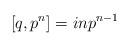
LaTeX: \begin{align*}[q,p^n]=inp^{n-1} \end{align*}